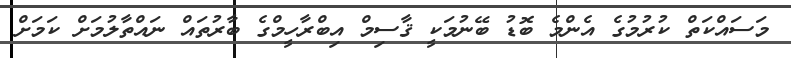
މަސައްކަތް ކުރުމުގެ އެންމެ ބޮޑު ބޭނުމަކީ ޤާސިމް އިބްރާހީމްގެ ބާރުތައް ނައްތާލުމަށް ކަމަށް